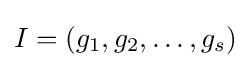
I=(g_{1},g_{2},\dotsc ,g_{s})